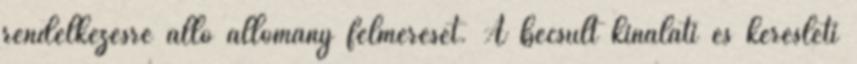
rendelkezésre álló állomány felmérését. A becsült kínálati és keresleti